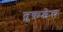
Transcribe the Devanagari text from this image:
तुकडेच